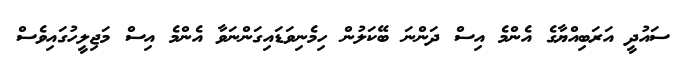
ސައުދީ އަރަބިއްޔާގެ އެންމެ އިސް ދަންނަ ބޭކަލުން ހިމެނިވަޑައިގަންނަވާ އެންމެ އިސް މަޖިލީހުގައިވެސް